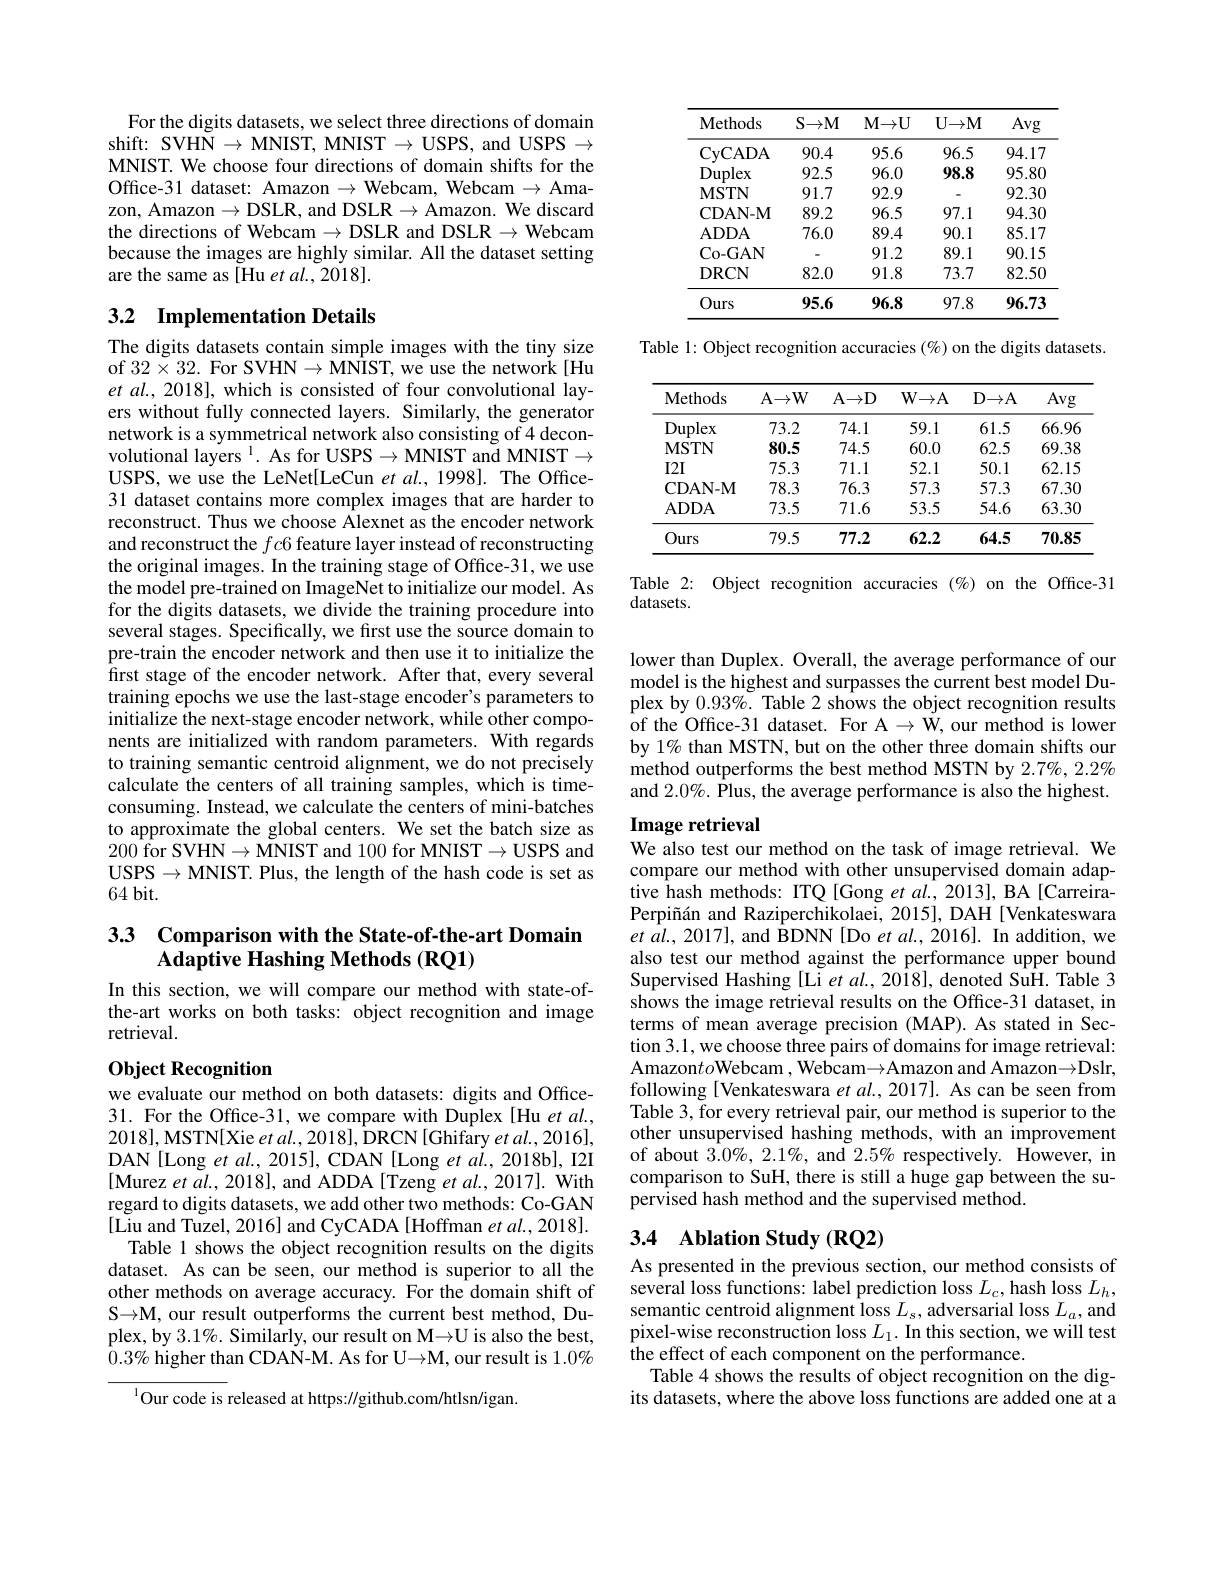
For the digits datasets, we select three directions of domain shift: SVHN$\to$MNIST, MNIST$\to$USPS, and USPS $\to$ MNIST. We choose four directions of domain shifts for the Office-31 dataset: Amazon $\to$ Webcam, Webcam $\to$ Amazon, Amazon $\to$DSLR, and DSLR $\to$Amazon. We discard the directions of Webcam $\to$ DSLR and DSLR $\to$ Webcam because the images are highly similar. All the dataset setting are the same as [Hu et al.,2018].

## 3.2 Implementation Details

The digits datasets contain simple images with the tiny size of $32\times32.$ For SVHN$\to$MNIST, we use the network[ Hu et al., 2018], which is consisted of four convolutional layers without fully connected layers. Similarly, the generator network is a symmetrical network also consisting of 4 deconvolutional layers $^{\mathrm{l}}.$ As for USPS$\to\tilde{\mathrm{MNIST}}$ and MNIST$\to$ USPS, we use the LeNet[LeCun et al., 1998]. The Office- 31 dataset contains more complex images that are harder to reconstruct. Thus we choose Alexnet as the encoder network and reconstruct the $fc6$ feature layer instead of reconstructing the original images. In the training stage of Office-31, we use the model pre-trained on ImageNet to initialize our model. As for the digits datasets, we divide the training procedure into several stages. Specifically, we first use the source domain to pre-train the encoder network and then use it to initialize the first stage of the encoder network. After that, every several training epochs we use the last-stage encoder's parameters to initialize the next-stage encoder network, while other components are initialized with random parameters. With regards to training semantic centroid alignment, we do not precisely calculate the centers of all training samples, which is timeconsuming. Instead, we calculate the centers of mini-batches to approximate the global centers. We set the batch size as 200 for SVHN$\to$MNIST and 100 for MNIST$\to$USPS and USPS$\to$MNIST. Plus, the length of the hash code is set as 64bit.

## 3.3 Comparison with the State-of-the-art Domain Adaptive Hashing Methods (RQ1)

In this section, we will compare our method with state-ofthe-art works on both tasks: object recognition and image retrieval.

## Object Recognition

we evaluate our method on both datasets: digits and Office- 31. For the Office-31, we compare with Duplex [Hu et al. 2018],MSTN[Xie et al., 2018], DRCN[Ghifary et al., 2016], DAN[Long et al., 2015], CDAN[Long et ai., 2018b], I2I [Murez et al., 2018], and ADDA[Tzeng et $al.,2017].$ With regard to digits datasets, we add other two methods: Co-GAN [Liu and Tuzel, 2016] and CyCADA [Hoffman et al., 2018].
Table 1 shows the object recognition results on the digits dataset. As can be seen, our method is superior to all the other methods on average accuracy. For the domain shift of S→M, our result outperforms the current best method, Duplex, by $3.1\%.$ Similarly, our result on M$\to$U is also the best, $0.3\%$ higher than CDAN-M. As for U$\to$M, our result is $1.0\%$

$^{1}$Our code is released at https://github.com/htlsn/igan.

<table>
	<tbody>
		<tr>
			<th>Methods</th>
			<th>$S\to\mathcal{M}$</th>
			<th>$M\to U$</th>
			<th>$U{\rightarrow}$M</th>
			<th>Avg</th>
		</tr>
		<tr>
			<td>CyCADA</td>
			<td>90.4</td>
			<td>95.6</td>
			<td>96.5</td>
			<td>94.17</td>
		</tr>
		<tr>
			<td>Duplex</td>
			<td>92.5</td>
			<td>96.0</td>
			<td>98.8</td>
			<td>95.80</td>
		</tr>
		<tr>
			<td>MSTN</td>
			<td>91.7</td>
			<td>92.9</td>
			<td> </td>
			<td>92.30</td>
		</tr>
		<tr>
			<td>CDAN- M</td>
			<td>89.2</td>
			<td>96.5</td>
			<td>97.1</td>
			<td>94.30</td>
		</tr>
		<tr>
			<td>ADDA</td>
			<td>76.0</td>
			<td>89.4</td>
			<td>90.1</td>
			<td>85.17</td>
		</tr>
		<tr>
			<td>Co- GAN</td>
			<td> </td>
			<td>91.2</td>
			<td>89.1</td>
			<td>90.15</td>
		</tr>
		<tr>
			<td>DRCN</td>
			<td>82.0</td>
			<td>91.8</td>
			<td>73.7</td>
			<td>82.50</td>
		</tr>
		<tr>
			<td>Ours</td>
			<td>95.6</td>
			<td>96.8</td>
			<td>97.8</td>
			<td>96.73</td>
		</tr>
	</tbody>
</table>

Table 1: Object recognition accuracies (%) on the digits datasets.

<table>
	<tbody>
		<tr>
			<th>Methods</th>
			<th>$\mathbf{A}\to\mathbf{W}$</th>
			<th>A$\to$D</th>
			<th>$W\to\mathbb{A}$</th>
			<th>$D\to A$</th>
			<th>Avg</th>
		</tr>
		<tr>
			<td>Duplex</td>
			<td>73.2</td>
			<td>74.1</td>
			<td>59.1</td>
			<td>61.5</td>
			<td>66.96</td>
		</tr>
		<tr>
			<td>MSTN</td>
			<td>80.5</td>
			<td>74.5</td>
			<td>60.0</td>
			<td>62.5</td>
			<td>69.38</td>
		</tr>
		<tr>
			<td>$I2I$</td>
			<td>75.3</td>
			<td>71.1</td>
			<td>52.1</td>
			<td>50.1</td>
			<td>62.15</td>
		</tr>
		<tr>
			<td>CDAN- M</td>
			<td>78.3</td>
			<td>76.3</td>
			<td>57.3</td>
			<td>57.3</td>
			<td>67.30</td>
		</tr>
		<tr>
			<td>ADDA</td>
			<td>73.5</td>
			<td>71.6</td>
			<td>53.5</td>
			<td>54.6</td>
			<td>63.30</td>
		</tr>
		<tr>
			<td>Ours</td>
			<td>79.5</td>
			<td>77.2</td>
			<td>62.2</td>
			<td>64.5</td>
			<td>70.85</td>
		</tr>
	</tbody>
</table>

Table 2: Object recognition accuracies (%) on the Office-31
datasets.

lower than Duplex. Overall, the average performance of our model is the highest and surpasses the current best model Duplex by $0.93\%.$ Table 2 shows the object recognition results of the Office-31 dataset. For A $\to\mathbb{W}$, our method is lower by 1% than MSTN, but on the other three domain shifts our method outperforms the best method MSTN by 2.7%, 2.2% and $2.0\%.$ Plus, the average performance is also the highest.

## Image retrieval We also test our method on the task of image retrieval. We

compare our method with other unsupervised domain adaptive hash methods: ITQ [Gong et al., 2013], BA [CarreiraPerpiñán and Raziperchikolaei, 2015], DAH[Venkateswara $et$ $al. $, 2017], and BDNN[Do et al., 2016]. In addition, we also test our method against the performance upper bound Supervised Hashing [Li $etal.,2018]$, denoted SuH. Table 3 shows the image retrieval results on the Office-31 dataset, in terms of mean average precision (MAP). As stated in Section 3.1, we choose three pairs of domains for image retrieval: Amazon$to$Webcam , Webcam$\to$Amazon and Amazon$\to$Dslr, following [Venkateswara $etal.,2017].$ As can be seen from Table 3, for every retrieval pair, our method is superior to the other unsupervised hashing methods, with an improvement of about $3.0\%,2.1\%$, and $2.5\%$ respectively. However, in comparison to SuH, there is still a huge gap between the supervised hash method and the supervised method.

## 3.4 Ablation Study (RQ2)

As presented in the previous section, our method consists of several loss functions: label prediction loss $L_c$,hash loss $L_h$, semantic centroid alignment loss $L_s$, adversarial loss $L_a$, and pixel-wise reconstruction loss $L_1.$ In this section, we will test the effect of each component on the performance.
Table 4 shows the results of object recognition on the digits datasets, where the above loss functions are added one at a